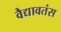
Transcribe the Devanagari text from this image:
वैद्यावतंस